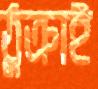
ঠুক্‌রাই